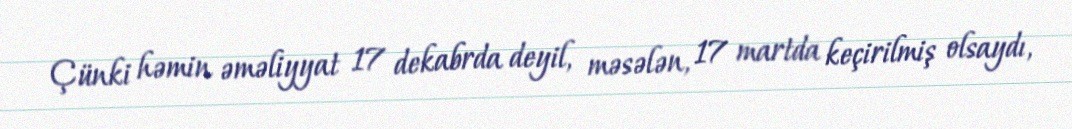
Çünki həmin əməliyyat 17 dekabrda deyil, məsələn, 17 martda keçirilmiş olsaydı,